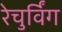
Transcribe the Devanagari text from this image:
रेचुर्विंग